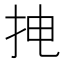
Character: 𱟮